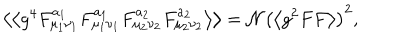
LaTeX: \left\langle \left\langle g ^ { 4 } F _ { \mu _ { 1 } \nu _ { 1 } } ^ { a _ { 1 } } F _ { \mu _ { 1 } \nu _ { 1 } } ^ { a _ { 1 } } F _ { \mu _ { 2 } \nu _ { 2 } } ^ { a _ { 2 } } F _ { \mu _ { 2 } \nu _ { 2 } } ^ { a _ { 2 } } \right\rangle \right\rangle = \mathcal { N } \left( \left\langle g ^ { 2 } F F \right\rangle \right) ^ { 2 } ,